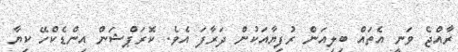
ރާއްޖެ ވަނީ އެތައް ބިލިއަން ރުފިޔާއަކުން ދަރާފަ އެވެ. ކޮރަޕްޝަން އިންޑެކްހޭ ކިޔާ